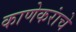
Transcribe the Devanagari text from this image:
काणेकरांचे